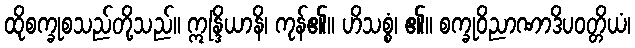
ထိုစက္ခုစသည်တို့သည်။ ဣန္ဒြိယာနိ၊ ကုန်၏။ ဟိသစ္စံ၊ ၏။ စက္ခုဝိညာဏာဒိပဝတ္တိယံ၊